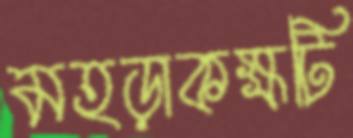
মহড়াকক্ষটি